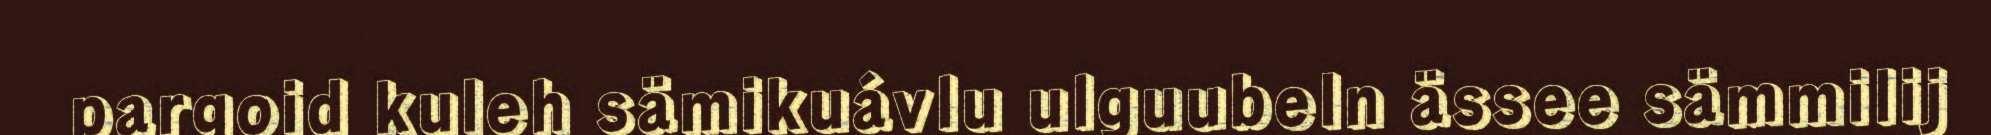
pargoid kuleh sämikuávlu ulguubeln ässee sämmilij